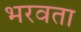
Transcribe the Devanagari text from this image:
भरवता